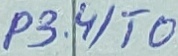
Text: P3.4/T0